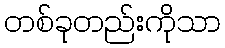
တစ်ခုတည်းကိုသာ